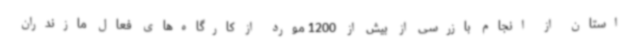
استان از انجام بازرسی از بیش از 1200 مورد از کارگاه‌های فعال مازندران